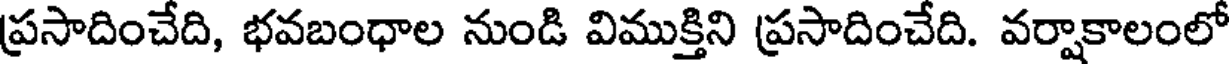
ప్రసాదించేది, భవబంధాల నుండి విముక్తిని ప్రసాదించేది. వర్షాకాలంలో